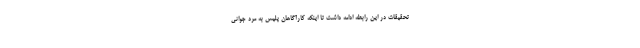
تحقیقات در این رابطه ادامه داشت تا اینکه کارآگاهان پلیس به مرد جوانی